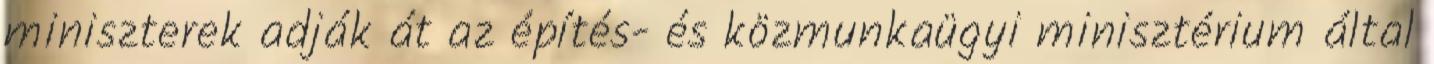
miniszterek adják át az építés- és közmunkaügyi minisztérium által